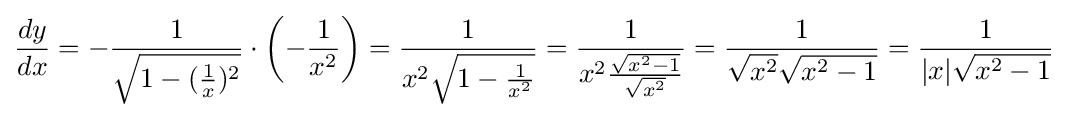
{\frac {dy}{dx}}=-{\frac {1}{\sqrt {1-({\frac {1}{x}})^{2}}}}\cdot \left(-{\frac {1}{x^{2}}}\right)={\frac {1}{x^{2}{\sqrt {1-{\frac {1}{x^{2}}}}}}}={\frac {1}{x^{2}{\frac {\sqrt {x^{2}-1}}{\sqrt {x^{2}}}}}}={\frac {1}{{\sqrt {x^{2}}}{\sqrt {x^{2}-1}}}}={\frac {1}{|x|{\sqrt {x^{2}-1}}}}